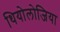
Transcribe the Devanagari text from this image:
थियोलोजिया